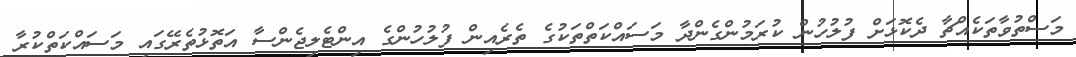
މަސްތުވާތަކެއްޗާ ދެކޮޅަށް ފުލުހުން ކުރަމުންގެންދާ މަސައްކަތްތަކުގެ ތެރެއިން ފުލުހުންގެ އިންޓެލިޖެންސާ އަތޮޅުތެރޭގައި މަސައްކަތްކުރާ